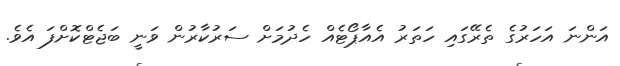
އަންނަ އަހަރުގެ ތެރޭގައި ހަތަރު އެއާޕޯޓެއް ހެދުމަށް ސަރުކާރުން ވަނީ ބަޖެޓްކޮށްފަ އެވެ.